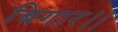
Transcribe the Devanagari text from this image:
बिगार।।